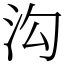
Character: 沟